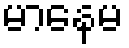
မာနေမ